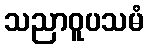
သညာဝူပသမံ